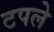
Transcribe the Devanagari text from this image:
टपले